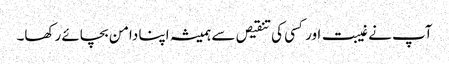
آپ نے غیبت اور کسی کی تنقیص سے ہمیشہ اپنا دامن بچائے رکھا۔